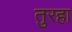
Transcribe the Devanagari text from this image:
तुरहा